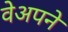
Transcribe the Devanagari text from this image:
वेअपने